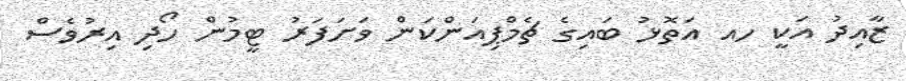
ޒާއިދު އަކީ ހއ އަތޮޅު ބައިގެ ޗެމްޕިއަންކަން ވަށަފަރު ޓީމުން ހޯދި އިރުވެސް